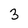
Character: 3